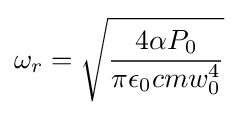
\omega _{r}={\sqrt {\frac {4\alpha P_{0}}{\pi \epsilon _{0}cmw_{0}^{4}}}}